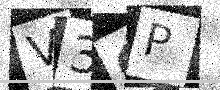
Text: V3CP